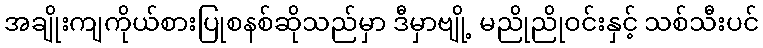
အချိုးကျကိုယ်စားပြုစနစ်ဆိုသည်မှာ ဒီမှာဗျို့ မညိုညိုဝင်းနှင့် သစ်သီးပင်